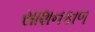
સાશનકાળ